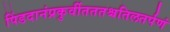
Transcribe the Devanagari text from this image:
पिंडदानंप्रकुर्वीतततश्चतिलतर्पणं